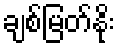
ချစ်မြတ်နိုး